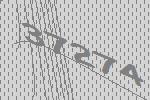
37274